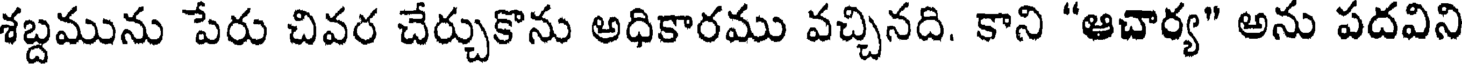
శబ్దమును పేరు చివర చేర్చుకొను అధికారము వచ్చినది. కాని "ఆచార్య" అను పదవిని